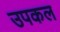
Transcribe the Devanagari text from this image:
उपकल